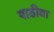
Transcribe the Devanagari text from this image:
पाठीबा